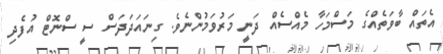
އެތައް ބާވަތެއްގެ މަސްމަހާ މެއްސެއް ދަނީ މަރުވަމުންނެވެ. ގިނައަދަދަސް ސީ ސްނޮޓް އުފެދި